Mustjala_vallavalitsus, lk 17
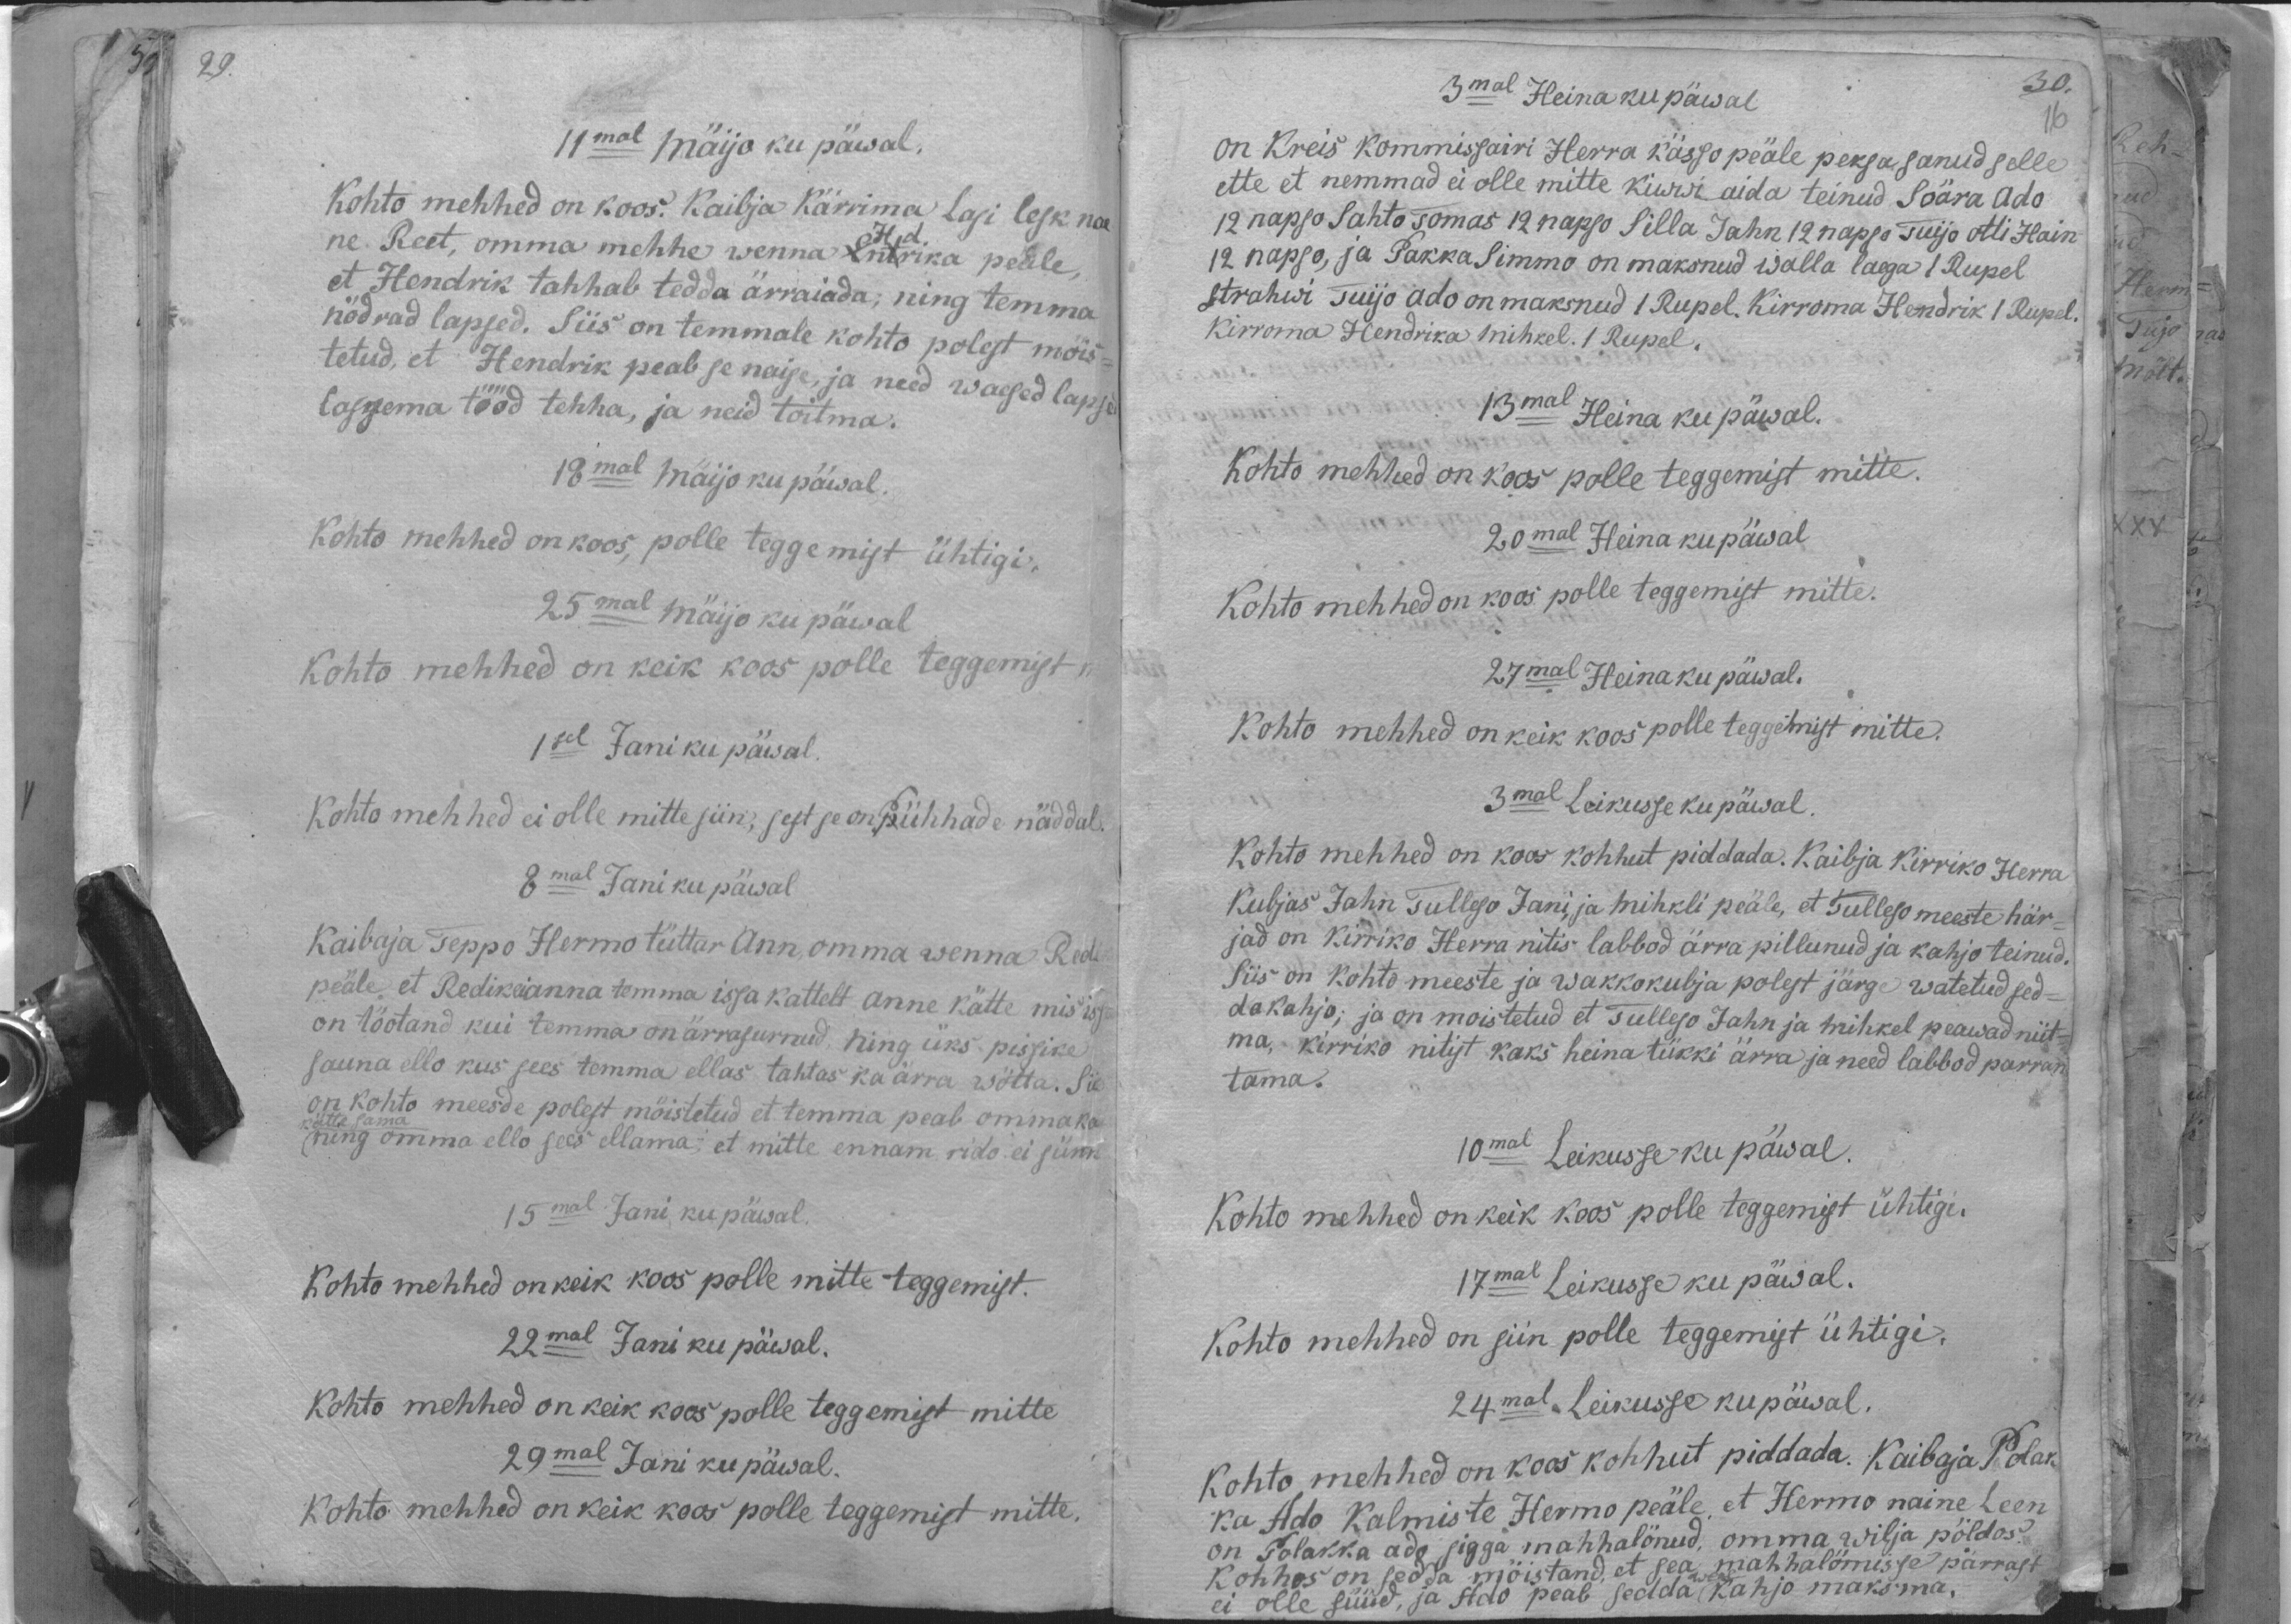
11mal mäijo ku päwal.
Kohto mehhed on koos. Kaibja Kärrima Losi lesk nae-
ne Reet, omma mehhe wenna Hndrika peale
et Hendrik tahhab tedda ärraiada; ning temma
nõdrad lapsed. Siis on temmale kohto polest mois-
tetud, et Hendrik peab se naise, ja need waesed lapsed
lassema tööd tehha, ja neid toitma.
18mal mäijo ku päwal.
Kohto mehhed on koos, polle teggemist ühtigi.
25mal mäijo ku päwal
Kohto mehhed on keik koos polle teggemist,
1sel Jani ku päwal.
Kohto mehhed ei olle mitte siin, sest se on Pühhade näddal
8mal Jani ku päwal
Kaibaja Teppo Hermo tüttar Ann, omma wenna Redi
peale, et Redik ei anna temma isja kattelt anne kätte, mis issa
on töotand kui temma on ärrasurnud. Ning üks pissike
sauna ello kus sees temma ellas tahtas ka ärra wõtta. Siis
on kohto meesde polest mõistetud et temma peab omma ka
kätte sama ning omma ello sees ellama, et mitte ennam rido ei sünni
15mal Jani ku päwal.
Kohto mehhed on keik koos polle mitte teggemist.
22mal Jani ku päwal.
Kohto mehhed on keik koos polle teggemist mitte
29mal Jani ku päwal.
Kohto mehhed on keik koos polle teggemist mitte.

3mal Heina ku päwal
on Kreis Kommissairi Herra kässo peäle peksa sanud selle
ette et nemmad ei olle mitte kiwwi aida teinud Soära Ado
12 napso Sahto Tomas 12 napso Silla Jahn 12 napso Tuijo otti Hain
12 napso, ja Pakka Simmo on maksnud walla laega 1 Rupel
Strahwi Tuijo Ado on maksnud 1 Rupel. Kirroma Hendrik 1 Rupel.
Kirroma Hendrika Mihkel. 1 Rupel,
13mal Heina ku päwal.
Kohto mehhed on koos polle teggemist mitte.
20mal Heina ku päwal
Kohto mehhed on koos polle teggemist mitte.
27mal Heina ku päwal.
Kohto mehhed on keik koos polle teggemist mitte.
3mal Leikusse ku päwal.
Kohto mehhed on koos kohhut piddada. Kaibja Kirriko Herra
Kubjas Jahn Tulleso Jani, ja Mihkli peäle, et Tulleso meeste här-
jad on Kirriko Herra nitis labbod ärra pillunud ja kahjo teinud.
Siis on kohto meeste ja wakkokubja polest järge watetud sed-
da kahjo; ja on moistetud et Tulleso Jahn ja mihkel peawad niit-
ma, kirriko nitist kaks heina tükki ärra ja need labbod parran
tama.
10mal Leikusse ku päwal.
Kohto mehhed on keik koos polle teggemist ühtigi.
17mal Leikusse ku päwal.
Kohto mehhed on siin polle teggemist ühtigi.
24mal Leikusse ku päwal.
Kohto, mehhed on koos kohhut piddada. Kaibaja Polak
ka Ado Kalmiste Hermo peäle, et Hermo naine Leen
on Polakka Ado sigga mahha lönud, omma wilja põldos
Kohhos on seda möistand, et sea mahhalömisse pärrast
ei olle süüd, ja Ado peab sedda Kahjo maksma,